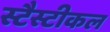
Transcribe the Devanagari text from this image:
स्टैस्टीकल